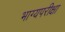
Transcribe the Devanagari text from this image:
भाग्यपरीक्षा